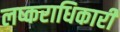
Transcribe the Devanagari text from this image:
लष्कराधिकारी